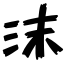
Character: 沫